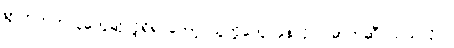
ရွာဘက်ကလူတွေဆိုလို့ရှိရင်တော့ သူတို့တွေ ခုနလိုပဲ၊ ဓာတ်ဆီဝယ်သလိုပဲ။